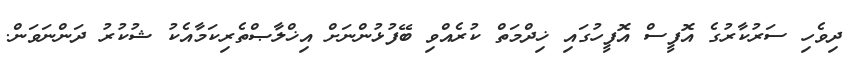
ދިވެހި ސަރުކާރުގެ އޮފީސް އޮފީހުގައި ޚިދްމަތް ކުރެއްވި ބޭފުޅުންނަށް އިޚްލާޞްތެރިކަމާއެކު ޝުކުރު ދަންނަވަން.